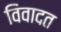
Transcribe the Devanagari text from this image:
विवादत